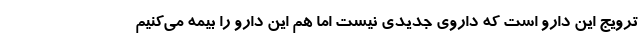
ترویج این دارو است که داروی جدیدی نیست اما هم این دارو را بیمه می‌کنیم